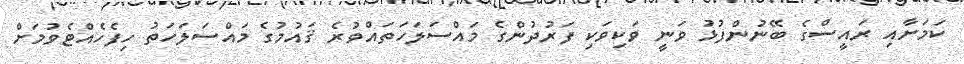
ކަމަށާއި ރައީސްގެ ބޭނުންފުޅު ވަނީ ވަކިވަކި ފަރުދުންގެ މައްސަލަހަތައްވުރެ ޤައުމުގެ މައްސަލަހަތު ހިފެހެއްޓެވުމަށް